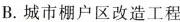
B.城市棚户区改造工程